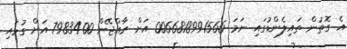
އެ ގޮތުން ތައިލެންޑުގައި ނަމަ 0066818991566 އަށް ރާއްޖޭން 7983400 އަށް ގުޅައި